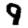
Digit: 9